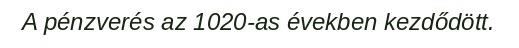
A pénzverés az 1020-as években kezdődött.